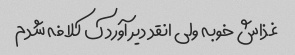
غذاش خوبه ولی انقد دیر آورد ک کلافه شدم